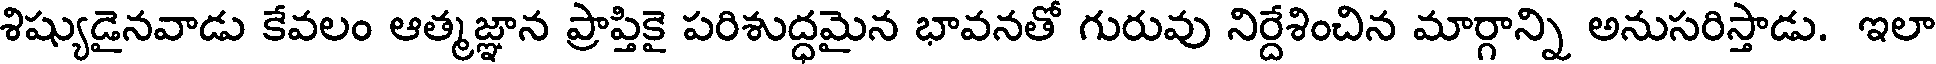
శిష్యుడైనవాడు కేవలం ఆత్మజ్ఞాన ప్రాప్తికై పరిశుద్ధమైన భావనతో గురువు నిర్దేశించిన మార్గాన్ని అనుసరిస్తాడు. ఇలా